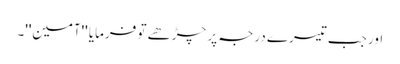
اور جب تیسرے درجہ پر چڑھے تو فرمایا ''آمین''۔